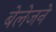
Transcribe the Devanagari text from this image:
बेलेजने